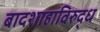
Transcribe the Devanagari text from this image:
बादशाहाविरुद्ध